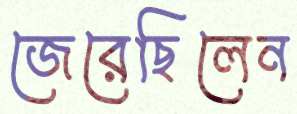
জেরেছিলেন